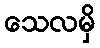
သေလမှိ